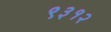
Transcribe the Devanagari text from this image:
९३१२